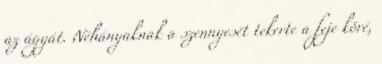
az ágyát. Néhányaknak a szennyesét tekerte a feje köré,